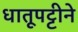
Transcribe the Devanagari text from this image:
धातूपट्टीने